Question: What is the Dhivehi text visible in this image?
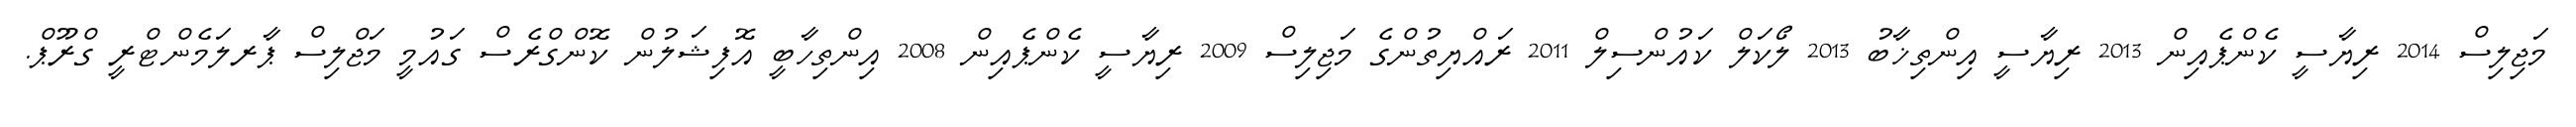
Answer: މަޖިލިސް 2014 ރިޔާސީ ކެންޕެއިން 2013 ރިޔާސީ އިންތިޚާބު 2013 ލޯކަލް ކައުންސިލް 2011 ރައްޔިތުންގެ މަޖިލިސް 2009 ރިޔާސީ ކެންޕެއިން 2008 އިންތިހާބީ އޮފިޝަލުން ކޮންގްރެސް ގައުމީ މަޖްލިސް ޕާރލަމެންޓްރީ ގްރޫޕް.